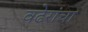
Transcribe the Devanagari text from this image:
वढेरांचा